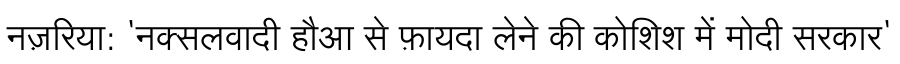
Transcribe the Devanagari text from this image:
नज़रिया: 'नक्सलवादी हौआ से फ़ायदा लेने की कोशिश में मोदी सरकार'